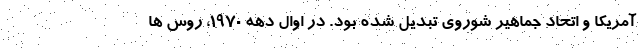
آمریکا و اتحاد جماهیر شوروی تبدیل شده بود. در اوال دهه 1970، روس ها